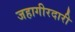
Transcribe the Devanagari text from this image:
जहागीरदारी